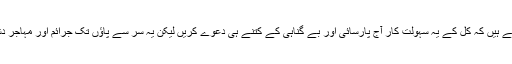
مہاجر قوم اچھی طرح جانتے ہیں کہ کل کے یہ سہولت کار آج پارسائی اور بے گناہی کے کتنے ہی دعوے کریں لیکن یہ سر سے پاؤں تک جرائم اور مہاجر دشمنی میں ڈوبے ہوئے ہیں۔